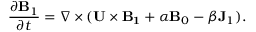
\frac { \partial { \bf { B } } _ { 1 } } { \partial t } = \nabla \times ( { \bf { U } \times { \bf { B } } _ { 1 } } + \alpha { \bf { B } } _ { 0 } - \beta { \bf { J } } _ { 1 } ) .